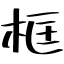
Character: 框